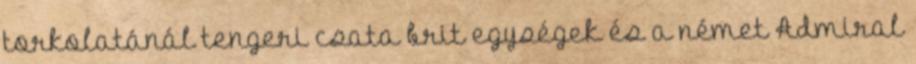
torkolatánál tengeri csata brit egységek és a német Admiral